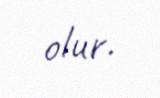
olur.